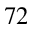
7 2